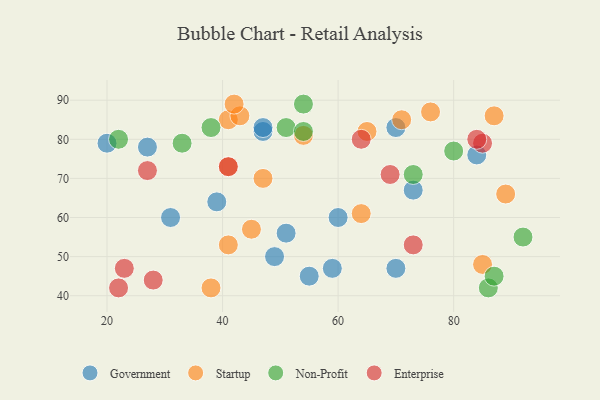
{"axis": {"x": "GDP", "y": "Life Expectancy"}, "legend": ["Enterprise", "Government", "Non-Profit", "Startup"], "data": [{"x": "73", "y": 67, "type": "Government"}, {"x": "70", "y": 83, "type": "Government"}, {"x": "84", "y": 76, "type": "Government"}, {"x": "20", "y": 79, "type": "Government"}, {"x": "47", "y": 82, "type": "Government"}, {"x": "27", "y": 78, "type": "Government"}, {"x": "51", "y": 56, "type": "Government"}, {"x": "60", "y": 60, "type": "Government"}, {"x": "70", "y": 47, "type": "Government"}, {"x": "59", "y": 47, "type": "Government"}, {"x": "39", "y": 64, "type": "Government"}, {"x": "55", "y": 45, "type": "Government"}, {"x": "31", "y": 60, "type": "Government"}, {"x": "49", "y": 50, "type": "Government"}, {"x": "47", "y": 83, "type": "Government"}, {"x": "54", "y": 81, "type": "Startup"}, {"x": "41", "y": 73, "type": "Startup"}, {"x": "65", "y": 82, "type": "Startup"}, {"x": "71", "y": 85, "type": "Startup"}, {"x": "41", "y": 53, "type": "Startup"}, {"x": "47", "y": 70, "type": "Startup"}, {"x": "76", "y": 87, "type": "Startup"}, {"x": "64", "y": 61, "type": "Startup"}, {"x": "87", "y": 86, "type": "Startup"}, {"x": "45", "y": 57, "type": "Startup"}, {"x": "41", "y": 85, "type": "Startup"}, {"x": "89", "y": 66, "type": "Startup"}, {"x": "38", "y": 42, "type": "Startup"}, {"x": "43", "y": 86, "type": "Startup"}, {"x": "42", "y": 89, "type": "Startup"}, {"x": "85", "y": 48, "type": "Startup"}, {"x": "86", "y": 42, "type": "Non-Profit"}, {"x": "73", "y": 71, "type": "Non-Profit"}, {"x": "51", "y": 83, "type": "Non-Profit"}, {"x": "92", "y": 55, "type": "Non-Profit"}, {"x": "22", "y": 80, "type": "Non-Profit"}, {"x": "80", "y": 77, "type": "Non-Profit"}, {"x": "87", "y": 45, "type": "Non-Profit"}, {"x": "54", "y": 89, "type": "Non-Profit"}, {"x": "33", "y": 79, "type": "Non-Profit"}, {"x": "38", "y": 83, "type": "Non-Profit"}, {"x": "54", "y": 82, "type": "Non-Profit"}, {"x": "23", "y": 47, "type": "Enterprise"}, {"x": "41", "y": 73, "type": "Enterprise"}, {"x": "85", "y": 79, "type": "Enterprise"}, {"x": "22", "y": 42, "type": "Enterprise"}, {"x": "73", "y": 53, "type": "Enterprise"}, {"x": "28", "y": 44, "type": "Enterprise"}, {"x": "84", "y": 80, "type": "Enterprise"}, {"x": "69", "y": 71, "type": "Enterprise"}, {"x": "27", "y": 72, "type": "Enterprise"}, {"x": "64", "y": 80, "type": "Enterprise"}]}